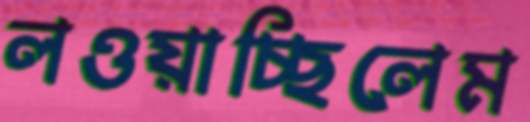
লওয়াচ্ছিলেম